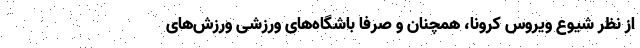
از نظر شیوع ویروس کرونا، همچنان و صرفا باشگاه‌های ورزشی ورزش‌های